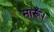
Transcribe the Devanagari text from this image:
मारूँ।